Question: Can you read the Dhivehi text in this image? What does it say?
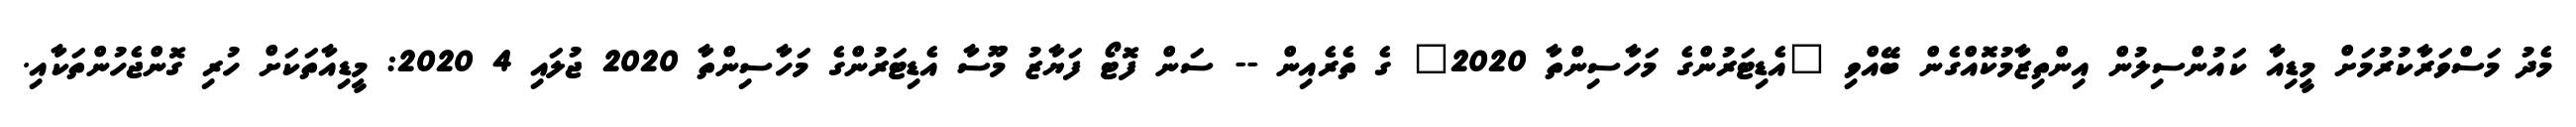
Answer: މެދު މަސްވަރާކުރުމަށް މީޑިއާ ކައުންސިލުން އިންތިޒާމުކޮއްގެން ބޭއްވި "އެޑިޓަރުންގެ މަހާސިންތާ 2020" ގެ ތެރެއިން -- ސަން ފޮޓޯ ފަޔާޒު މޫސާ އެޑިޓަރުންގެ މަހާސިންތާ 2020 ޖުލައި 4 2020: މީޑިއާތަކަށް ހުރި ގޮންޖެހުންތަކާއި.